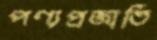
পণ্যপ্রজাতি